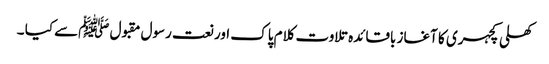
کھلی کچہری کا آغاز باقائدہ تلاوت کلام پاک اور نعت رسول مقبول ﷺسے کیا ۔